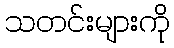
သတင်းများကို